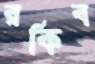
রকিব